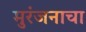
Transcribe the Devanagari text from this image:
मुरंजनाचा